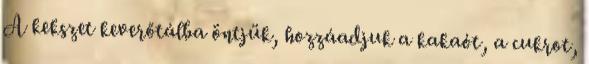
A kekszet keverőtálba öntjük, hozzáadjuk a kakaót, a cukrot,